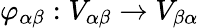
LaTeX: \varphi_{\alpha\beta}:V_{\alpha\beta}\to V_{\beta\alpha}